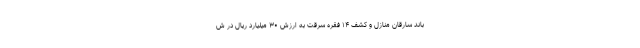
باند سارقان منازل و کشف ۱۴ فقره سرقت به ارزش ۳۰ میلیارد ریال در ش